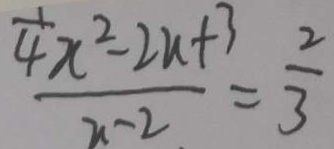
\frac { \frac { 1 } { 4 } x ^ { 2 } - 2 a + 3 } { x - 2 } = \frac { 2 } { 3 }